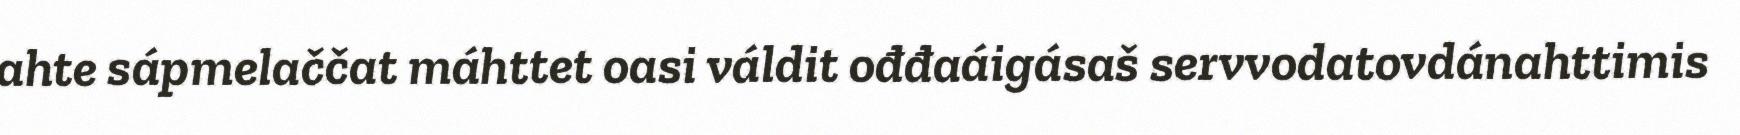
ahte sápmelaččat máhttet oasi váldit ođđaáigásaš servvodatovdánahttimis